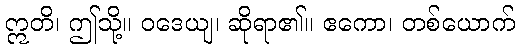
ဣတိ၊ ဤသို့။ ဝဒေယျ၊ ဆိုရာ၏။ ဧကော၊ တစ်ယောက်